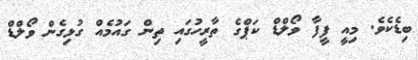
ބިޑެކެވެ. މިއީ ފީފާ ވޯލްޑް ކަޕްގެ ތާރީހުގައި ތިން ގައުމެއް ގުޅިގެން ވޯލްޑް